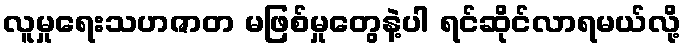
လူမှုရေးသဟဇာတ မဖြစ်မှုတွေနဲ့ပါ ရင်ဆိုင်လာရမယ်လို့